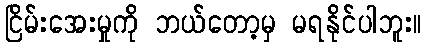
ငြိမ်းအေးမှုကို ဘယ်တော့မှ မရနိုင်ပါဘူး။